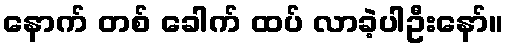
နောက် တစ် ခေါက် ထပ် လာခဲ့ပါဦးနော်။